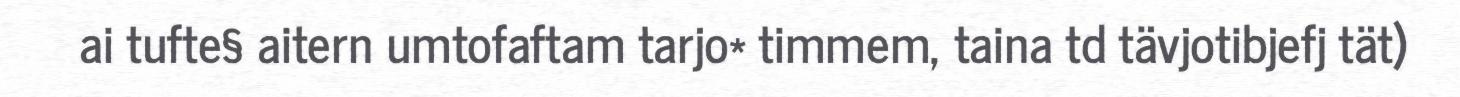
ai tufte§ aitern umtofaftam tarjo* timmem, taina td tävjotibjefj tät)